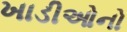
ખાડીઓનો